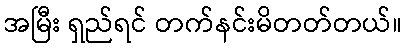
အမြီး ရှည်ရင် တက်နင်းမိတတ်တယ်။